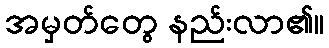
အမှတ်တွေ နည်းလာ၏။